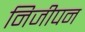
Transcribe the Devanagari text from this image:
निजीपन